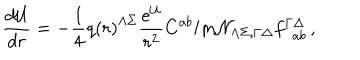
LaTeX: { \frac { d { \cal U } } { d r } } = - { \frac { 1 } { 4 } } q \left( r \right) ^ { \Lambda \Sigma } { \frac { e ^ { \cal U } } { r ^ { 2 } } } C ^ { a b } \mathrm { I m } { \cal N } _ { \Lambda \Sigma , \Gamma \Delta } f _ { ~ ~ a b } ^ { \Gamma \Delta } \, ,